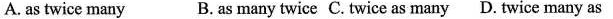
A. as twice many B.as many twice C. Twice as many D. Twice many as